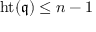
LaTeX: \operatorname { h t } ( { \mathfrak { q } } ) \leq n - 1